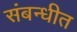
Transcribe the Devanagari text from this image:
संबन्धीत